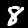
Label: 8